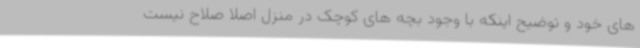
های خود و توضیح اینکه با وجود بچه های کوچک در منزل اصلا صلاح نیست